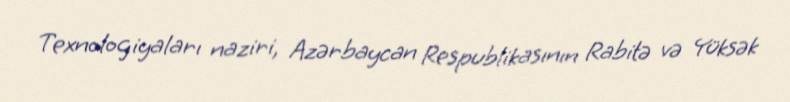
Texnologiyaları naziri, Azərbaycan Respublikasının Rabitə və Yüksək